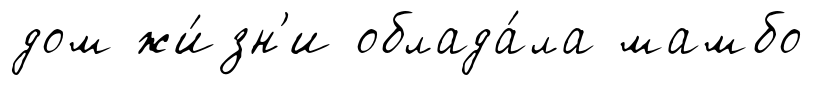
дом жи́зн'и облада́ла мамбо